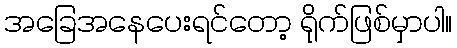
အခြေအနေပေးရင်တော့ ရိုက်ဖြစ်မှာပါ။